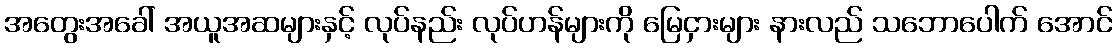
အတွေးအခေါ် အယူအဆများနှင့် လုပ်နည်း လုပ်ဟန်များကို မြေငှားများ နားလည် သဘောပေါက် အောင်